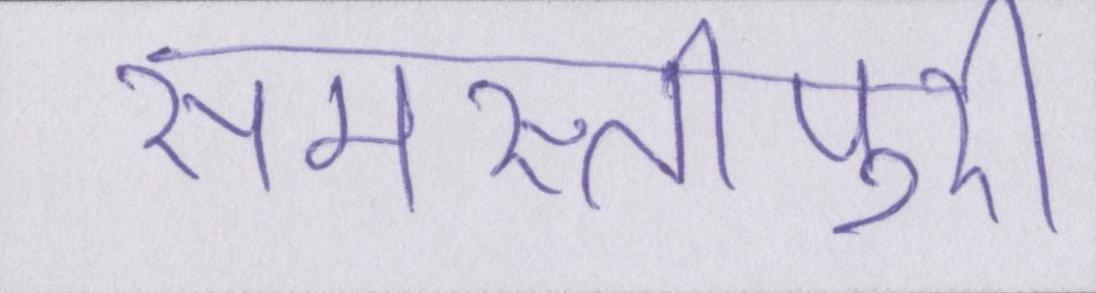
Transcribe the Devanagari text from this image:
समस्तीपुरी